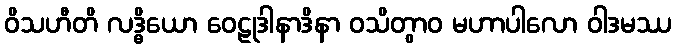
ဝိသဟီတိ လဒ္ဓိယော ဝေဠုဒါနာဒိနာ ဝသိတွာဝ မဟာပါလော ဝါဒမဿ